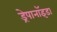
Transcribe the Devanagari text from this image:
ड्रेपानॉइडा